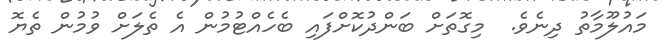
މައުލޫމާތު ދިނެވެ.  މިގޮތަށް ބަންދުކޮށްފައި ބެހެއްޓުމުން އެ ތެލަށް ވުމުން ތެޔޮ